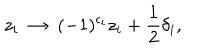
z _ { i } ~ \rightarrow ~ ( - 1 ) ^ { \epsilon _ { i } } z _ { i } + { \frac { 1 } { 2 } } \delta _ { i } ,